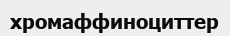
хромаффиноциттер